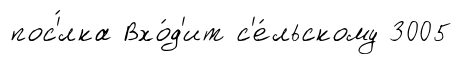
пос'́лка Вхо́д'ит с'е́льскому 3005